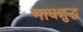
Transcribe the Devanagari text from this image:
माघशुद्ध